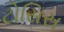
ટોસિસ